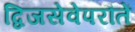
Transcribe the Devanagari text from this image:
द्विजसेवेपरौतें